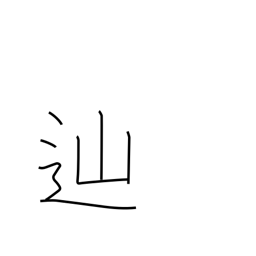
Meaning: pursue